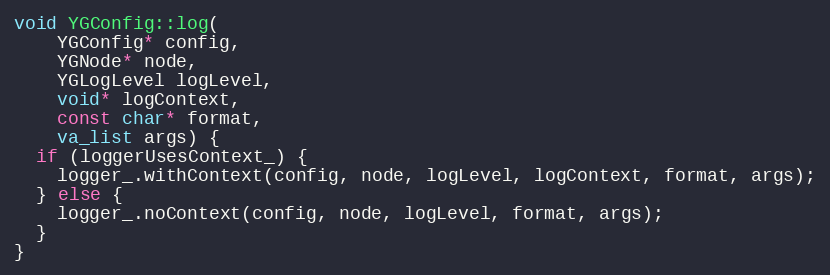
Language: C++
void YGConfig::log(
    YGConfig* config,
    YGNode* node,
    YGLogLevel logLevel,
    void* logContext,
    const char* format,
    va_list args) {
  if (loggerUsesContext_) {
    logger_.withContext(config, node, logLevel, logContext, format, args);
  } else {
    logger_.noContext(config, node, logLevel, format, args);
  }
}